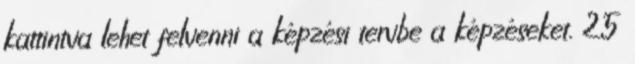
kattintva lehet felvenni a képzési tervbe a képzéseket. 25